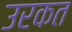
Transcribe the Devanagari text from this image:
उरकत